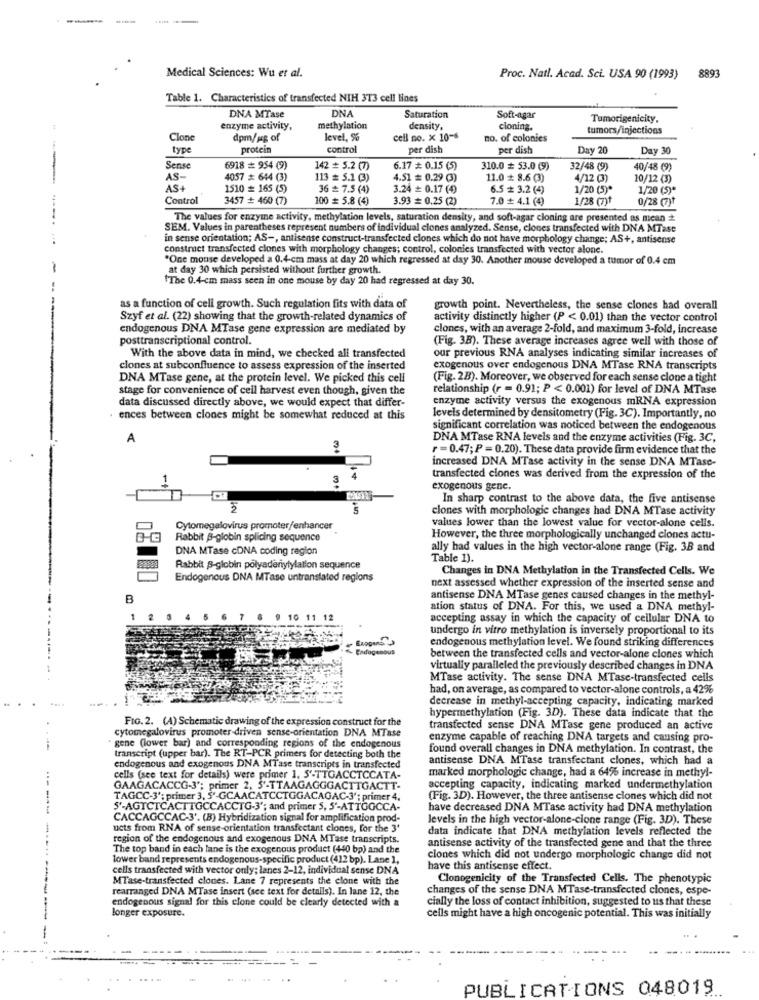
Medical Sciences: Wu et al.
Proc. Natl. Acad. Sci. USA 90 (1993)
8893
Table 1. Characteristics of transfected NIH 313 cell lines
DNA
DNA MTase
Saturation
Soft-agar
Tumorigenicity.
enzyme activity,
methylation
density,
cloning.
tumors/injections
Clone
dpm/mg of
level, %
cell no. x 10-6
no. of colonies
type
protein
control
per dish
per dish
Day 20
Day 30
Sense
6918 # 954 (9)
142 = 5.2 (7)
6.17 # 0.15 (5)
310.0 # 53.0 (9)
32/48 (9)
40/48 (9)
AS-
4057 # 644 (3)
113 = 5.1 (3)
4.51 # 0.29 (3)
11.0 # 8.6 (3)
4/12 (3)
10/12 (3)
AS+
1510 = 165 (5)
36 = 7.5 (4)
3.24 # 0.17 (4)
6.5 # 3.2 (4)
1/20 (5)*
1/20 (5)*
Control
3457 + 460 (7)
100 # 5.8 (4)
3.93 # 0.25 (2)
7.0 4.1 (4)
1/28 (7)1
0/28 (7)t
The values for enzyme activity, methylation levels, saturation density, and soft-agar cloning are presented as mean +
SEM. Values in parentheses represent numbers of individual clones analyzed. Sense, clones transfected with DNA MTase
in sense orientation; AS -, antisense construct-transfected clones which do not have morphology change; AS+, antisense
construct transfected clones with morphology changes; control, colonies transfected with vector alone.
"One mouse developed a 0.4-cm mass at day 20 which regressed at day 30. Another mouse developed a tumor of 0.4 cm
at day 30 which persisted without further growth.
"The 0.4-cm mass seen in one mouse by day 20 had regressed at day 30.
as a function of cell growth. Such regulation fits with data of
growth point. Nevertheless, the sense clones had overall
Szyf et al. (22) showing that the growth-related dynamics of
activity distinctly higher (P < 0.01) than the vector control
endogenous DNA MTase gene expression are mediated by
clones, with an average 2-fold, and maximum 3-fold, increase
posttranscriptional control.
(Fig. 38). These average increases agree well with those of
With the above data in mind, we checked all transfected
our previous RNA analyses indicating similar increases of
clones at subconfluence to assess expression of the inserted
exogenous over endogenous DNA MTase RNA transcripts
DNA MTase gene, at the protein level. We picked this cell
(Fig. 2B). Moreover, we observed for each sense clone a tight
stage for convenience of cell harvest even though, given the
relationship (r = 0.91; P < 0.001) for level of DNA MTase
data discussed directly above, we would expect that differ-
enzyme activity versus the exogenous mRNA expression
ences between clones might be somewhat reduced at this
levels determined by densitometry (Fig. 3C). Importantly, no
significant correlation was noticed between the endogenous
A
DNA MTase RNA levels and the enzyme activities (Fig. 3C,
3
r = 0.47; P = 0.20). These data provide firm evidence that the
increased DNA MTase activity in the sense DNA MTase-
3
transfected clones was derived from the expression of the
exogenous gene.
In sharp contrast to the above data, the five antisense
clones with morphologie changes had DNA MTase activity
Cytomegalovirus promoter/enhancer
values lower than the lowest value for vector-alone cells.
Rabbit B-globin splicing sequence
However, the three morphologically unchanged clones actu-
DNA MTase cDNA coding region
ally had values in the high vector-alone range (Fig. 3B and
Table 1).
Rabbit S-globin polyadenylylation sequence
Changes in DNA Methylation in the Transfected Cells. We
Endogenous DNA MTase untranslated regions
next assessed whether expression of the inserted sense and
antisense DNA MTase genes caused changes in the methyl-
ation status of DNA. For this, we used a DNA methyl-
1
0 11 12
accepting assay in which the capacity of cellular DNA to
undergo in vitro methylation is inversely proportional to its
endogenous methylation level. We found striking differences
between the transfected cells and vector-alone clones which
virtually paralleled the previously described changes in DNA
MTase activity. The sense DNA MTase-transfected cells
had, on average, as compared to vector-alone controls, a 42%
decrease in methyl-accepting capacity, indicating marked
FIG. 2. (A) Schematic drawing of the expression construct for the
hypermethylation (Fig. 3D). These data indicate that the
cytomegalovirus promoter-driven sense-orientation DNA MTase
transfected sense DNA MTase gene produced an active
enzyme capable of reaching DNA targets and causing pro-
-
gene (lower bar) and corresponding regions of the endogenous
found overall changes in DNA methylation. In contrast, the
transcript (upper bar). The RT-PCR primers for detecting both the
antisense DNA MTase transfectant clones, which had a
endogenous and exogenous DNA MTase transcripts in transfected
marked morphologie change, had a 64% increase in methyl-
cells (see text for details) were primer 1, 5'-TTGACCTCCATA-
GAAGACACCG-3'; primer 2, 5'-TTAAGAGGGACTTGACTT-
accepting capacity, indicating marked undermethylation
-
TAGCC-3': primer 3, 5'-GCAACATCCTGGACAGAC-3': primer 4.
(Fig. 3D). However, the three antisense clones which did not
S'-AGTCTCACTTGCCACCTG-3'; and primer S, S'-ATTOGCCA-
have decreased DNA MTase activity had DNA methylation
CACCAGCCAC-3'. (B) Hybridization signal for amplification prod-
levels in the high vector-alone-cione range (Fig. 3D). These
ucts from RNA of sense-orientation transfectant clones, for the 3'
data indicate that DNA methylation levels reflected the
region of the endogenous and exogenous DNA MTase transcripts.
antisense activity of the transfected gene and that the three
The top band in each lane is the exogenous product (440 bp) and the
lower band represents endogenous-specific product (412 bp). Lane 1,
clones which did not undergo morphologie change did not
cells transfected with vector only; lanes 2-12, individual sense DNA
have this antisense effect.
MTase-transfected clones. Lane 7 represents the clone with the
Clonogenicity of the Transfected Cells. The phenotypic
rearranged DNA MTase insert (see text for detalls). In lane 12, the
changes of the sense DNA MTase-transfected clones, espe-
endogenous signal for this clone could be clearly detected with a
cially the loss of contact inhibition, suggested to us that these
longer exposure.
cells might have a high oncogenic potential. This was initially
PUBLICATIONS 048019